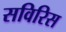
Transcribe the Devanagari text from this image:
सविरिस